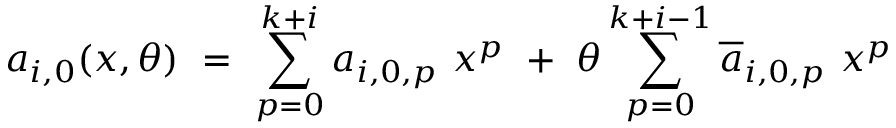
a _ { i , 0 } ( x , \theta ) \ = \ \sum _ { p = 0 } ^ { k + i } a _ { i , 0 , p } \ x ^ { p } \ + \ \theta \sum _ { p = 0 } ^ { k + i - 1 } \overline { { { a } } } _ { i , 0 , p } \ x ^ { p }